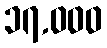
၁၇,၀၀၀